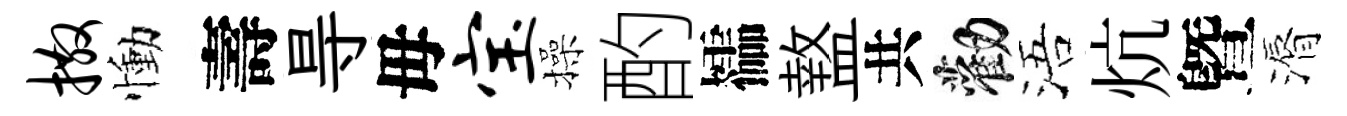
撒慟壽㝵毋宝操酌櫺盩共勸浯炕曁漘